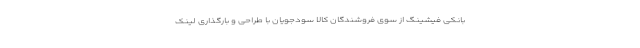
بانکی فیشینگ از سوی فروشندگان کالا سودجویان با طراحی و بارگذاری لینک